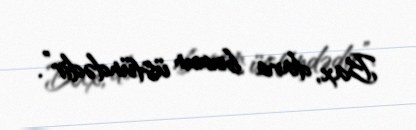
Bax, dava bunun üstündədir”.